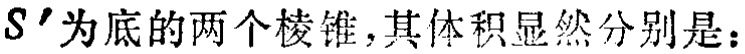
$S^{\prime}$为底的两个棱锥,其体积显然分别是：